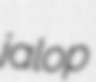
jalop